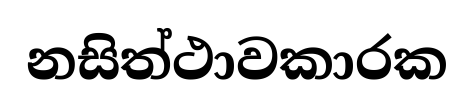
නසිත්ථාවකාරක